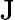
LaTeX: \mathrm{J}